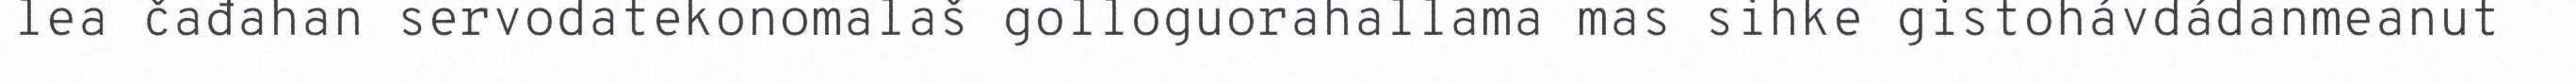
lea čađahan servodatekonomalaš golloguorahallama mas sihke gistohávdádanmeanut